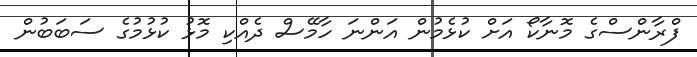
ފްރާންސްގެ މޮނާކޯ އަށް ކުޅެމުން އަންނަ ހާމޭސް ދެއްކި މޮޅު ކުޅުމުގެ ސަބަބުން